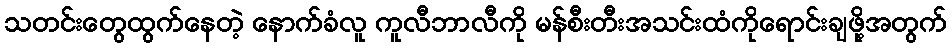
သတင်းတွေထွက်နေတဲ့ နောက်ခံလူ ကူလီဘာလီကို မန်စီးတီးအသင်းထံကိုရောင်းချဖို့အတွက်